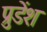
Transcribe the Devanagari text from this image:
प्रुडेंश